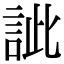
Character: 訿